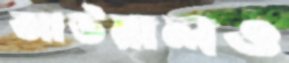
আউয়ালও